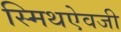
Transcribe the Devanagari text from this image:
स्मिथऐवजी